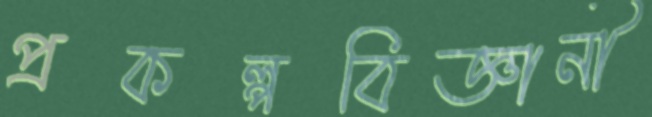
প্রকল্পবিজ্ঞানী